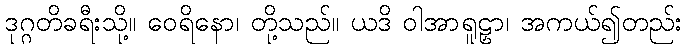
ဒုဂ္ဂတိခရီးသို့။ ဝေရိနော၊ တို့သည်။ ယဒိ ဝါအာရူဠှာ၊ အကယ်၍တည်း